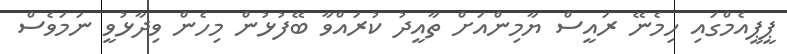
ޕީޕީއެމްގައި ހިމެނޭ ރައީސް ޔާމިންއަށް ތާއީދު ކުރައްވާ ބޭފުޅުން މިހެން ވިދާޅުވީ ނަމަވެސް